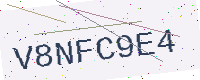
Text: V8NFC9E4